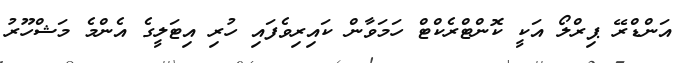
އަންޑްރޭ ޕިރްލޯ އަކީ ކޮންޓްރެކްޓް ހަމަވާން ކައިރިވެފައި ހުރި އިޓަލީގެ އެންމެ މަޝްހޫރު